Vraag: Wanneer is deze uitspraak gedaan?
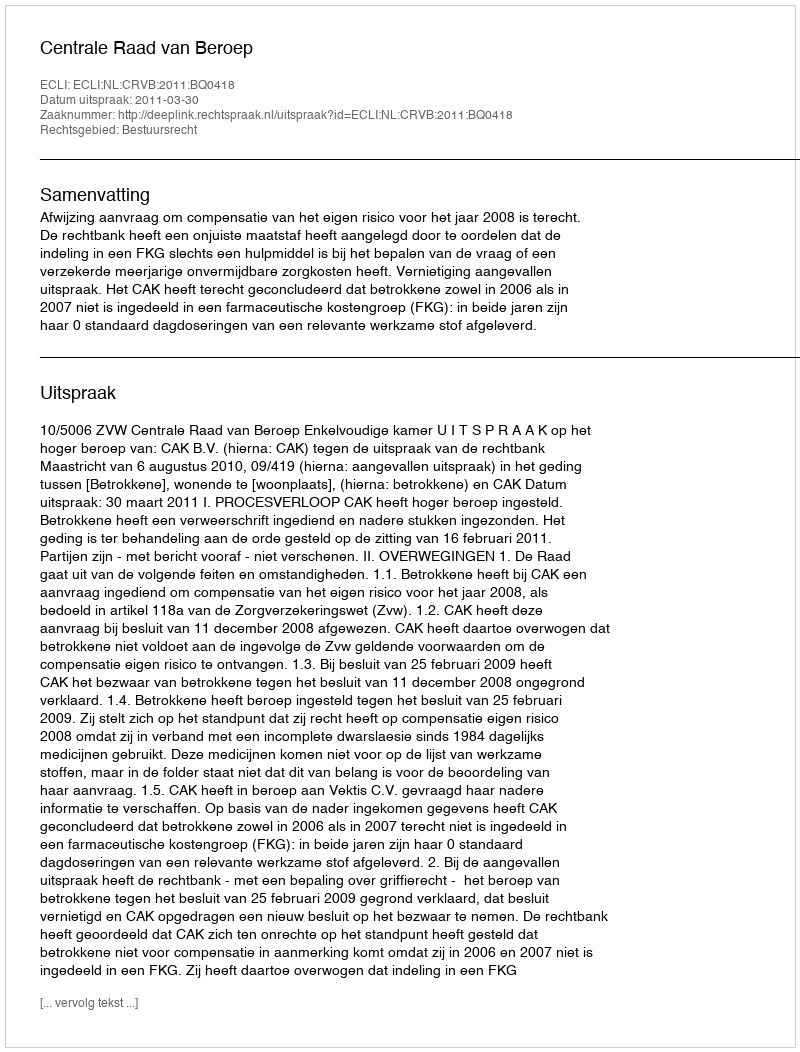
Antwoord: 2011-03-30